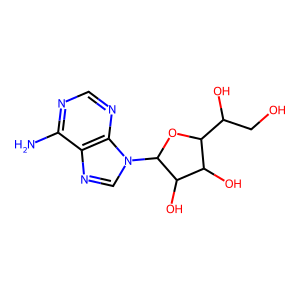
SMILES: Nc1ncnc2c1ncn2C1OC(C(O)CO)C(O)C1O
Inhibits HIV replication: No